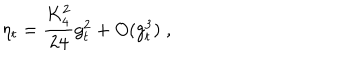
\eta _ { t } = \frac { K _ { 4 } ^ { 2 } } { 2 4 } g _ { t } ^ { 2 } + O ( g _ { t } ^ { 3 } ) \; ,